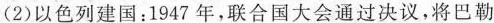
(2)以色列建国：1947年，联合国大会通过决议，将巴勒